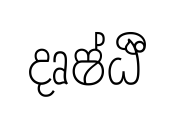
දෘෂ්ඨී